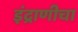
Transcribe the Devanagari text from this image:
इंद्राणीचा